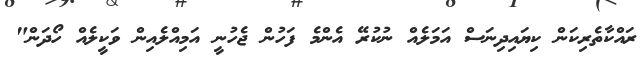
ރައްކާތެރިކަން ކިޔައިދިނަސް އަމަލެއް ނުކުރޭ އެންމެ ފަހުން ޖެހުނީ އަމިއްލެއިން ވަކީލެއް ހޯދަން"